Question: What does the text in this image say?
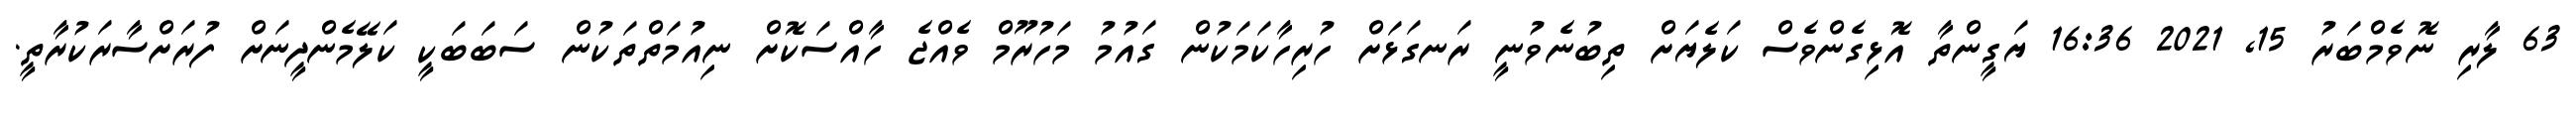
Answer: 63 ލާރި ނޮވެމްބަރު 15, 2021 16:36 ޔަގީންތާ އޮޅިގެންވެސް ކަލެޔަށް ތިބުނެވުނީ ރަނގަޅަށް ހުރިހާކަމަކުން ގައުމު މަހުރޫމް ވެއްޖެ ހާއްސަކޮށް ނިއުމަތްތަކުން ސަބަބަކީ ކަލޭމެންދީނަށް ފުރަށްސާރަކުރާތީ.